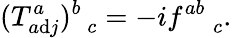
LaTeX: (T_{a\mathrm{d}j}^{a})_{\; \; c}^{b}=-if_{\; \; \; \; c}^{ab}.